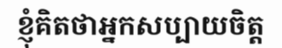
ខ្ញុំគិតថាអ្នកសប្បាយចិត្ត